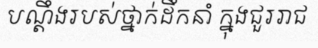
បណ្តឹងរបស់ថ្នាក់ដឹកនាំ ក្នុងជួររាជ